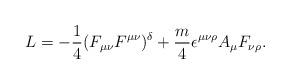
LaTeX: \begin{align*}L= -\frac{1}{4} (F_{\mu \nu }F^{\mu \nu } )^{\delta} +\frac{m}{4}\epsilon^{\mu \nu \rho } A_{\mu } F_{\nu \rho }.\end{align*}